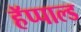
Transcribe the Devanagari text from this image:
हॅप्पाल्ड